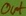
Text: out